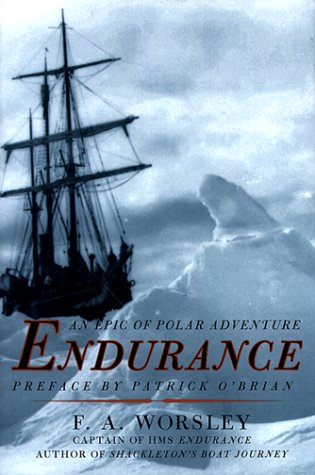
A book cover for Endurance: An Epic of Polar Adventure; Frank Arthur Worsley; Travel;